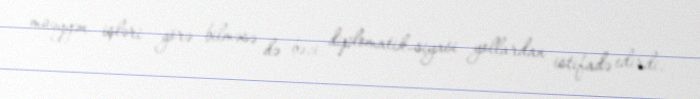
müəyyən işləri görə bilməsə də bəzi diplomatik-siyasi yollardan istifadə edirdi.